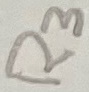
Text: R3